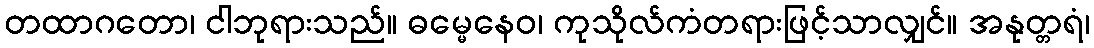
တထာဂတော၊ ငါဘုရားသည်။ ဓမ္မေနေဝ၊ ကုသိုလ်ကံတရားဖြင့်သာလျှင်။ အနုတ္တရံ၊